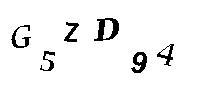
G5ZD94